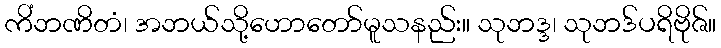
ကိံဘဏိတံ၊ အဘယ်သို့ဟောတော်မူသနည်း။ သုဘဒ္ဒ၊ သုဘဒ်ပရိဗိုဇ်။